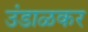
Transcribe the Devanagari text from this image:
उंडाळकर